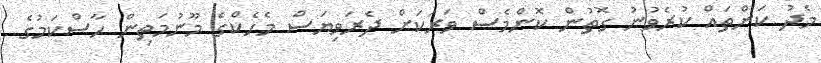
މެދު ކަންތައް ކުރެވުނު ގޮތުން ކޮންމެސް ވަރަކަށް ދެރަވިޔަސް މެހެކްގެ މޫނުމަތިން ހާސްކަމުގެ